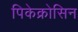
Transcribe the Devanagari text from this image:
पिकेक्रोसिन